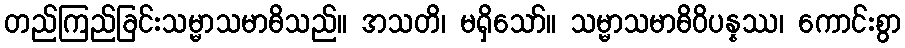
တည်ကြည်ခြင်းသမ္မာသမာဓိသည်။ အသတိ၊ မရှိသော်။ သမ္မာသမာဓိဝိပန္နဿ၊ ကောင်းစွာ